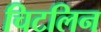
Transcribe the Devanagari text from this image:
चिटलिन